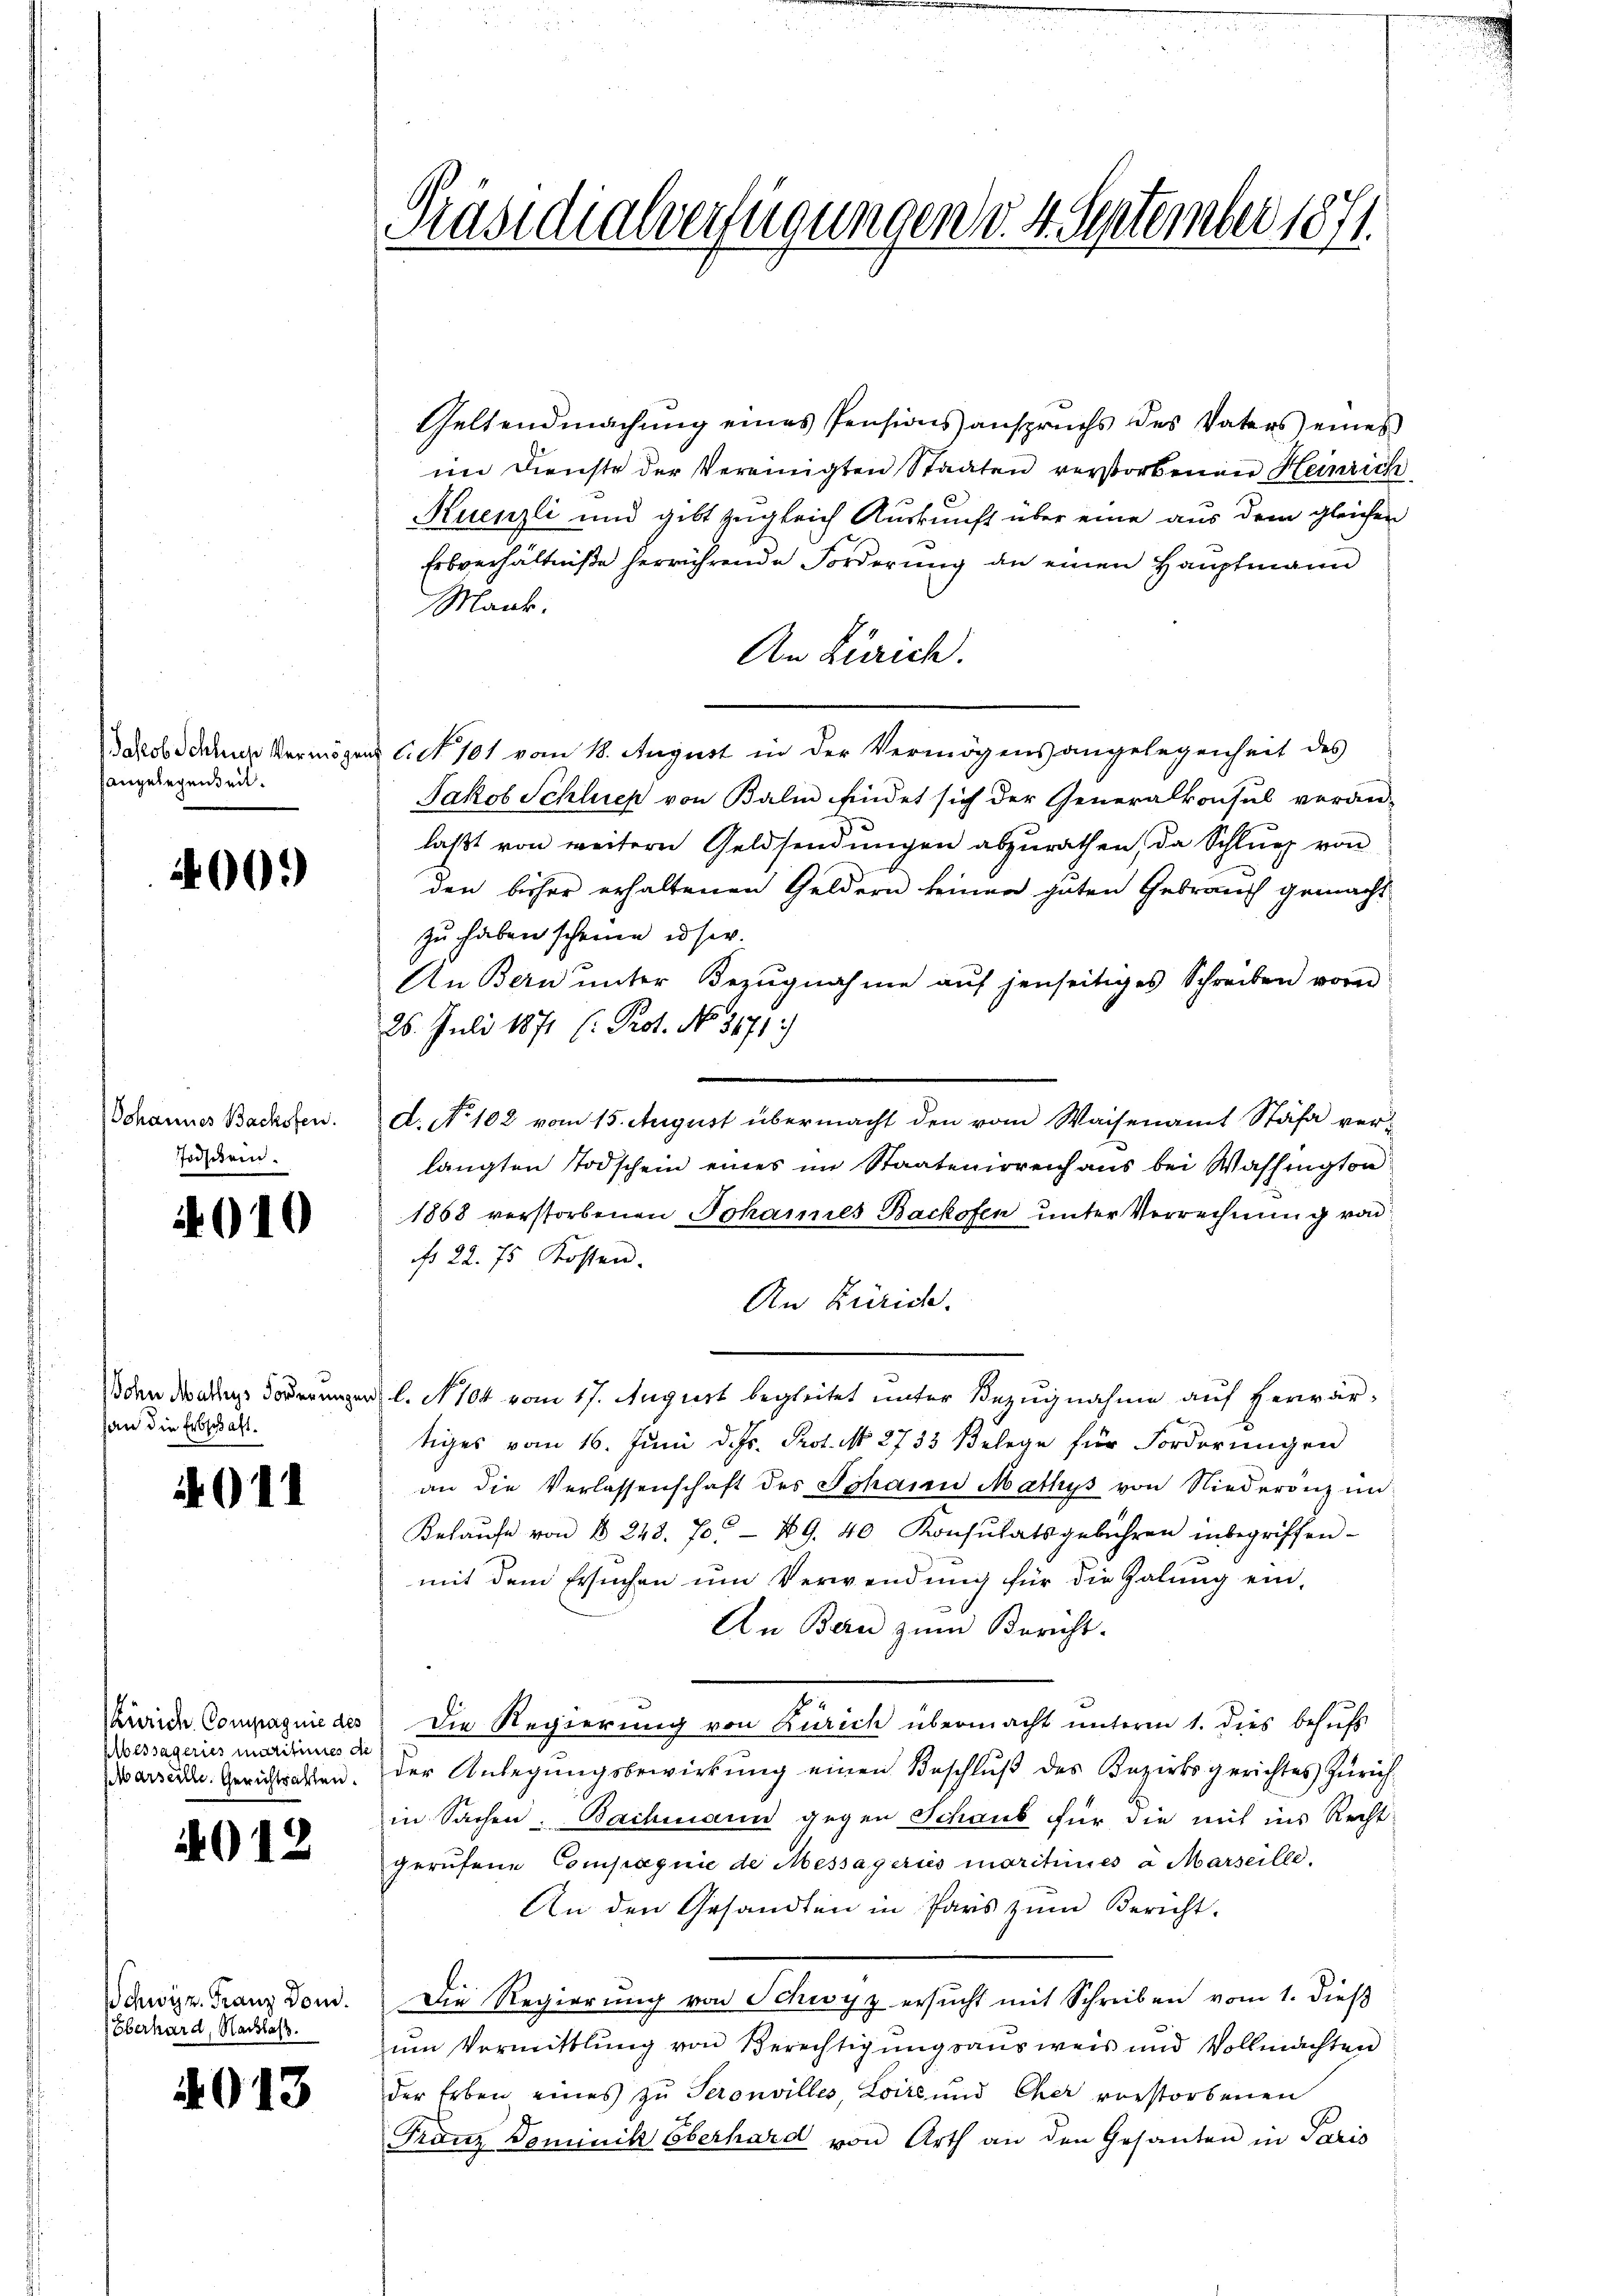
Jakob Schluß Vermöge
angelegenheit.

400.

Johannes Backsten.
Jodstein.

010

John Mathys Forderungen
han die Erbschaft.

911

Zürich Compagnie des
Alessageries maritieres de
parseille. Gerichtsalten.

12

Schwyz. Franz Dom.
Oberhard, Nachlass.

4013

Präsidialverfügungen v. 4. September 1871.

Geltendmachŭng eines Pensionsanspruchs des Vaters eines
im Dienste der Vereinigten Staaten verstorbenen Heinrich
Kuenzli und gibt zugleich Auskunft über eine aus dem gleichen
Erbverhältniße herrührende Forderung an einen Hauptmann
Mank.
An Zürich.
Act. 101 vom 18. August in der Vermögensangelegenheit des
Jakob Schluss von Balin findet sich der Generalkonsul veran-
laßt von weitern Geldsendungen abzurathen, da Schlung von
den bisher erhaltenen Geldern keinen guten Gebrauch gemacht
zu haben scheine unser.
An Bern ŭnter Bezŭgnahme aŭf jenseitiges Schreiben vor
26. Juli 1871 (: Prot. No 1171)
d: No 102 vom 15. August übermacht den vom Waisenamt Stäfa ver-
langten Todschein eines im Staatenirreich aus bei Washington
1868 verstorbenen Johannes Backofen unter Verrechnung von
fo 22. 75 Kossen.
An Zürich.
l. N 104 vom 17. August begleitet unter Bezugnahme auf herwärtiges vom 16. Juni d. Js. Prot. N. 2733 Belege für Forderŭngen
an die Verlassenschaft des Johann Mathys von Niederanz in
Kelaŭfe von § 248. 70. 49. 40 Konsulatsgebühren inbegriffen-
mit dem Ersuchen um Verwendung für die Galŭng ein-
An Bau zum Bericht.
Die Regierung von Zürich übermacht unterm 1. dies behufs
der Anlegungsbewirkung einen Beschluß des Bezirksgerichtes Zürichin Sachen: Bachmann gegen Schaub für die mit ins Recht
gerufene Compagnie de Messageris moritimés a Marseille.
An den Gesandten in Pars zum Bericht.
Die Regierung von Schwyz ersucht mit Schreiben vom 1. dieß
um Vormittlung von Berechtigungsausweis und Vollmachten
der Erben eines zŭ Seronvilles Loire und Cher vorstorbenen
Franz Dominik Oberhard von Arth an den Gesanten in Paris